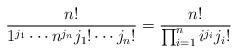
LaTeX: \begin{align*}\frac{n!}{1^{j_1}\cdots n^{j_n} j_1! \cdots j_n!} = \frac{n!}{\prod_{i=1}^n i^{j_i} j_i!}\end{align*}